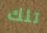
تلك